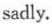
sadly.